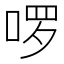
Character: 啰